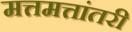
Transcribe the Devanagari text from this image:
मत्तमत्तांतरी